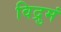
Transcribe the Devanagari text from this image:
विद्रुमं